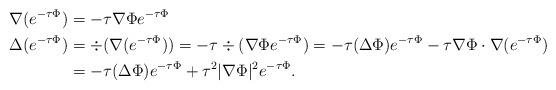
LaTeX: \begin{align*}\nabla (e^{-\tau \Phi})&=-\tau \nabla \Phi e^{-\tau \Phi} \\\Delta (e^{-\tau \Phi})&=\div (\nabla (e^{-\tau \Phi}))=-\tau \div ( \nabla \Phi e^{-\tau \Phi})=-\tau (\Delta \Phi) e^{-\tau \Phi}-\tau \nabla \Phi \cdot \nabla(e^{-\tau \Phi})\\&=-\tau (\Delta \Phi) e^{-\tau \Phi} + \tau^2 |\nabla \Phi|^2 e^{-\tau \Phi}.\end{align*}